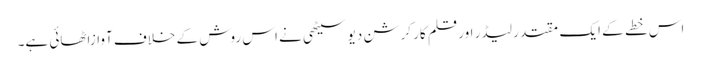
اس خطے کے ایک مقتدر لیڈر اور قلم کار کرشن دیو سیٹھی نے اس روش کے خلاف آوازاٹھائی ہے۔